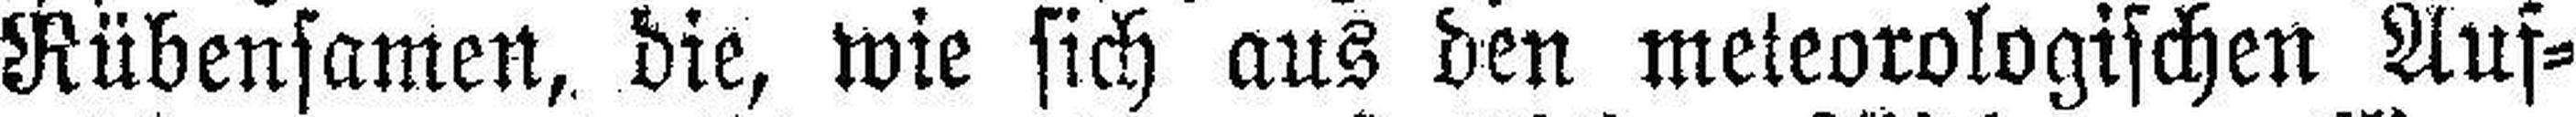
Rübensamen, die, wie sich aus den meteorologischen Auf¬